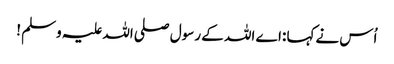
اُس نےکہا :اے اللہ کے رسول صلی اللہ علیہ وسلم !